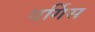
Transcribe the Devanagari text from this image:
वर्गिस